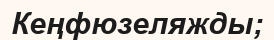
Кеңфюзеляжды;